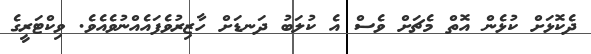
ދެކޮޅަށް ކުޅެން އޮތް މެޗަށް ވެސް އެ ކުލަބު ދަނޑަށް ހާޒިރުވެފައެއްނުވެއެވެ. ވިކްޓަރީގެ